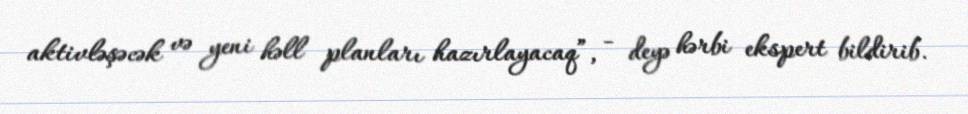
aktivləşəcək və yeni həll planları hazırlayacaq”, - deyə hərbi ekspert bildirib.